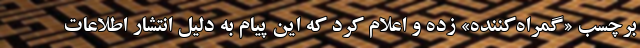
برچسب «گمراه‌کننده» زده و اعلام کرد که این پیام به دلیل انتشار اطلاعات